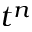
t ^ { n }